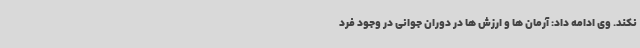
نکند. وی ادامه داد: آرمان ها و ارزش ها در دوران جوانی در وجود فرد